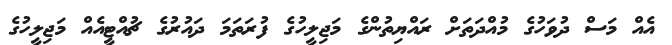
އެއް މަސް ދުވަހުގެ މުއްދަތަށް ރައްޔިތުންގެ މަޖިލީހުގެ ފުރަތަމަ ދައުރުގެ ޗުއްޓީއެއް މަޖިލީހުގެ